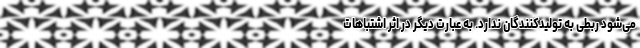
می‌شود ربطی به تولیدکنندگان ندارد. به عبارت دیگر در اثر اشتباهات